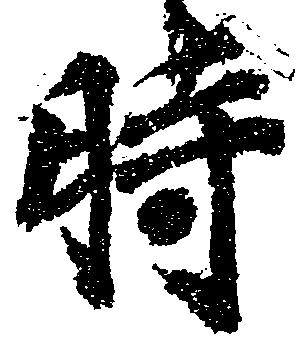
時